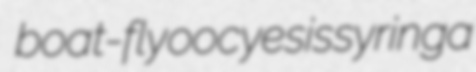
boat-fly oocyesis syringa